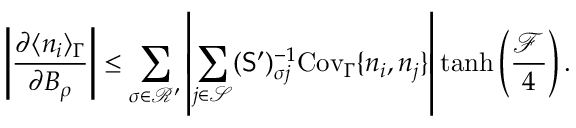
\left| \frac { \partial \langle n _ { i } \rangle _ { \Gamma } } { \partial B _ { \rho } } \right| \leq \sum _ { \sigma \in \mathcal { R } ^ { \prime } } \left| \sum _ { j \in \mathcal { S } } ( \mathsf { S } ^ { \prime } ) _ { \sigma j } ^ { - 1 } \mathrm { C o v } _ { \Gamma } \{ n _ { i } , n _ { j } \} \right| \operatorname { t a n h } \left( \frac { \mathcal { F } } { 4 } \right) .